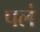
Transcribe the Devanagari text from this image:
पलं